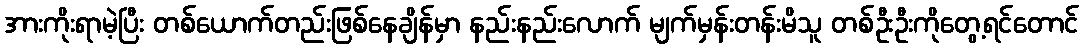
အားကိုးရာမဲ့ပြီး တစ်ယောက်တည်းဖြစ်နေချိန်မှာ နည်းနည်းလောက် မျက်မှန်းတန်းမိသူ တစ်ဦးဦးကိုတွေ့ရင်တောင်